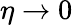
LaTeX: \eta\rightarrow 0